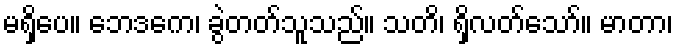
မရှိပေ။ ဘေဒကေ၊ ခွဲတတ်သူသည်။ သတိ၊ ရှိလတ်သော်။ မာတာ၊